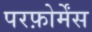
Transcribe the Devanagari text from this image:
परफ़ोर्मेंस